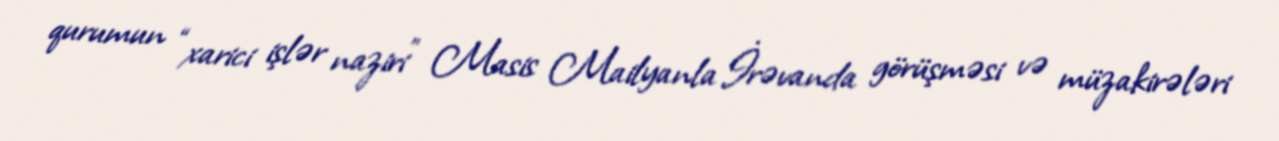
qurumun “xarici işlər naziri” Masis Mailyanla İrəvanda görüşməsi və müzakirələri